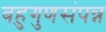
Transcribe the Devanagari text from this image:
बहुगुणसंपन्न